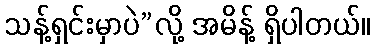
သန့်ရှင်းမှာပဲ”လို့ အမိန့် ရှိပါတယ်။